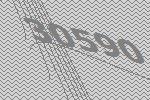
30590